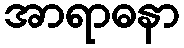
အာရာဓနာ